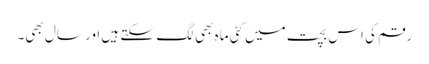
رقم کی اس بچت میں کئی ماہ بھی لگ سکتے ہیں اور سال بھی۔